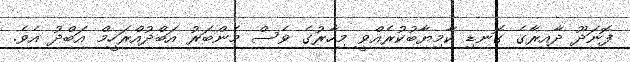
ފޮނަދޫ ދާއިރާގެ ގޮނޑި ކާމިޔާބުކުރެއްވީ މިހާރުގެ ވެސް މެންބަރު އަބްދުއްރަހީމް އަބްދު އެވެ.